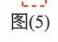
图(5)